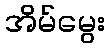
အိမ်မွေး